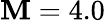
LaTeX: \mathbf{M}=4.0